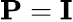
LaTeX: \mathbf{P}=\mathbf{I}